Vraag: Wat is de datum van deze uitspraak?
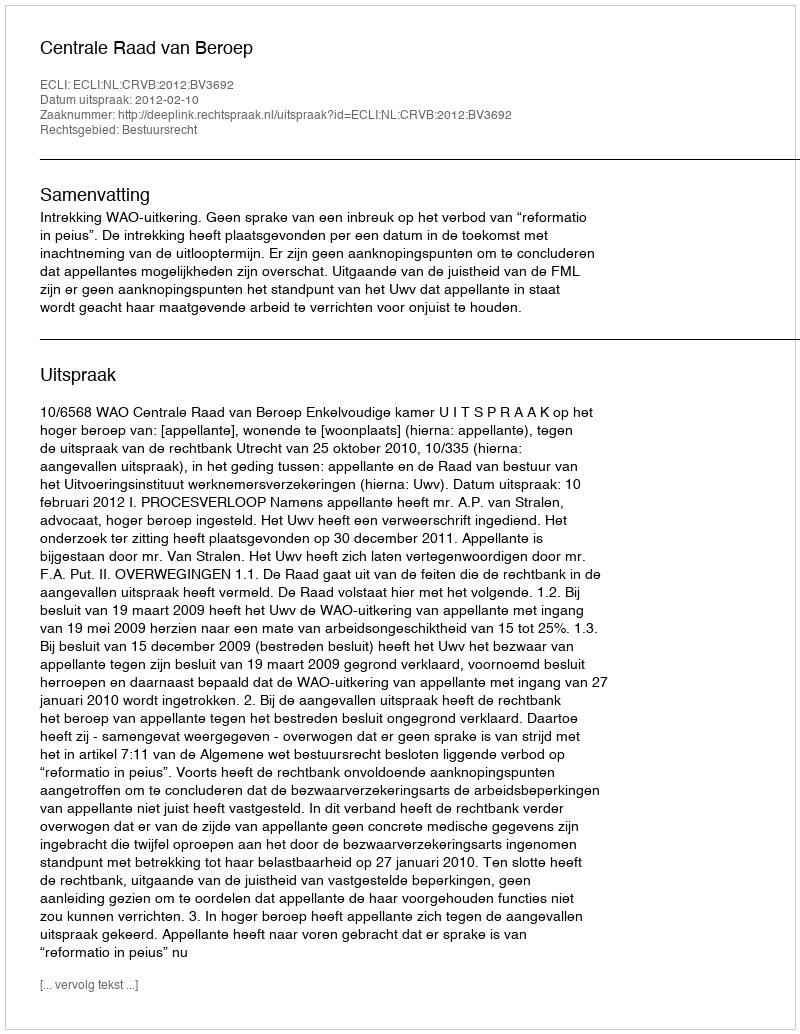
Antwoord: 2012-02-10